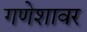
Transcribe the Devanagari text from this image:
गणेशावर